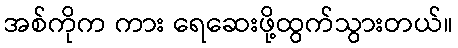
အစ်ကိုက ကား ရေဆေးဖို့ထွက်သွားတယ်။